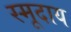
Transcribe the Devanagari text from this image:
स्मूदाय